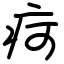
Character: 疴